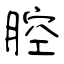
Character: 腔